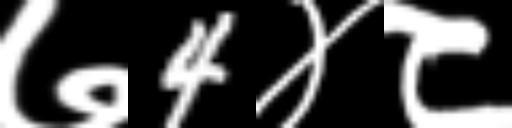
Text: ७4४८